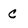
Character: c